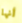
أنها